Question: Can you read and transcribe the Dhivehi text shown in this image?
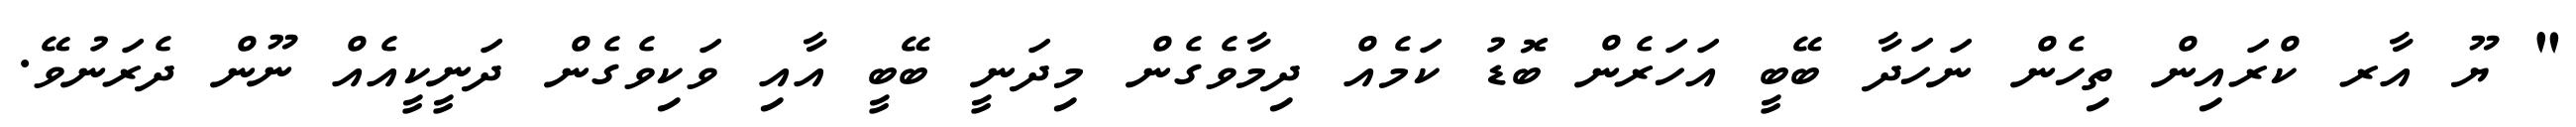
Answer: " ޔޫ އާރ ކްރައިން ތިހެން ނަހަދާ ބޭބީ އަހަރެން ބޮޑު ކަމެއް ދިމާވެގެން މިދަނީ ބޭބީ އާއި ވަކިވެގެން ދަނީކީއެއް ނޫން ދެރަނުވޭ.